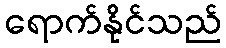
ရောက်နိုင်သည်